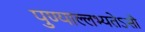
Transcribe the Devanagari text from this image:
पुण्याल्लभ्यतेऽसौ